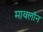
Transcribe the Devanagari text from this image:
मायलॉन